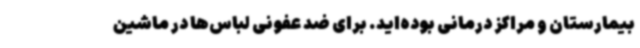
بیمارستان و مراکز درمانی بوده‌اید. برای ضد عفونی لباس‌ها در ماشین